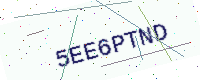
Text: 5EE6PTND